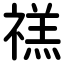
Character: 禚